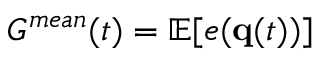
G ^ { m e a n } ( t ) = \mathbb { E } [ e ( { \bf q } ( t ) ) ]